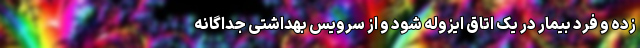
زده و فرد بیمار در یک اتاق ایزوله شود و از سرویس بهداشتی جداگانه